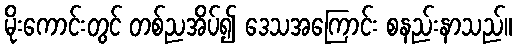
မိုးကောင်းတွင် တစ်ညအိပ်၍ ဒေသအကြောင်း စနည်းနာသည်။